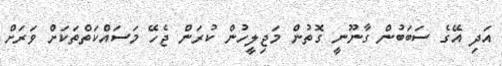
އަދި އޭގެ ސަބަބުން ގާނޫނީ ގޮތުން މަޖިލީހުން ކުރަން ޖެހޭ މަސައްކަތްތަކަށް ވަރަށް